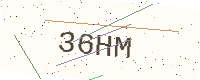
Text: 36HM